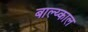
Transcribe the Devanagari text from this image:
बाल्य्काल